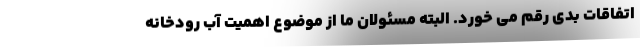
اتفاقات بدی رقم می خورد. البته مسئولان ما از موضوع اهمیت آب رودخانه